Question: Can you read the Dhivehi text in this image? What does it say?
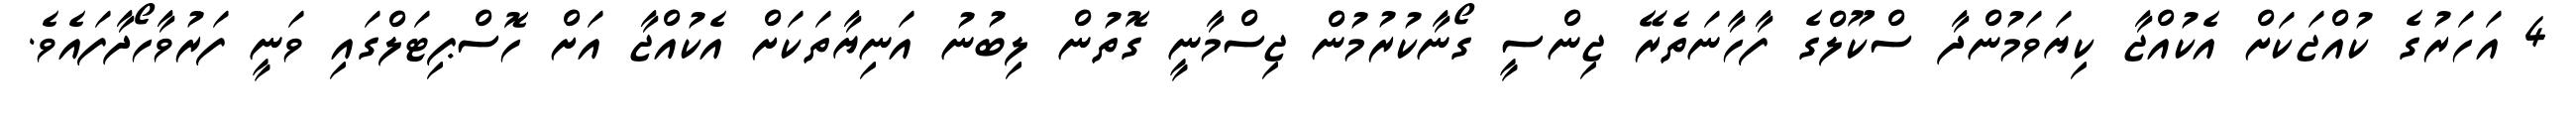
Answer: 4 އަހަރުގެ ކުއްޖަކަށް އެކުއްޖާ ކިޔަވަމުންދާ ސްކޫލްގެ ފާހާނަތެރޭ ޖިންސީ ގޯނާކުރުމުން ޖިސްމާނީ ގޮތުން ލިބުނު އަނިޔާތަކަށް އެކުއްޖާ އަށް ހޮސްޕިޓަލްގައި ވަނީ ފަރުވާހޯދާފައެވެ.